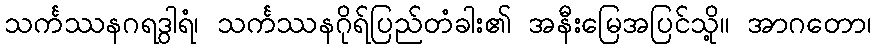
သင်္ကဿနဂရဒွါရံ၊ သင်္ကဿနဂိုရ်ပြည်တံခါး၏ အနီးမြေအပြင်သို့။ အာဂတော၊